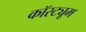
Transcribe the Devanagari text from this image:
कॉस्‍ट्यूम